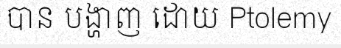
បាន បង្ហាញ ដោយ Ptolemy